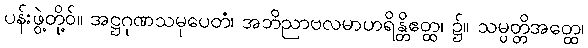
ပန်းဖွဲ့တို့ဝ်။ အဋ္ဌဂုဏသမုပေတံ၊ အဘိညာဗလမာဟရိန္တိဧတ္ထ၊ ၌။ သမ္ပတ္တိအတ္ထေ၊